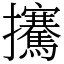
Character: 㩷